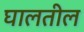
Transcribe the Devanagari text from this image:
घालतील